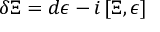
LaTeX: \delta \Xi = d \epsilon - i \, [ \Xi , \epsilon ]